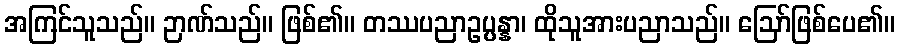
အကြင်သူသည်။ ဉာဏ်သည်။ ဖြစ်၏။ တဿပညာဥပ္ပန္နာ၊ ထိုသူအားပညာသည်။ ဩော်ဖြစ်ပေ၏။